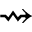
\rightsquigarrow